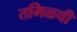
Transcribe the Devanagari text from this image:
तमिळची